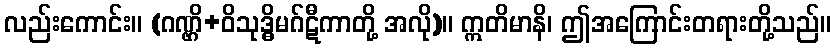
လည်းကောင်း။ (ဂဏ္ဌိ+ဝိသုဒ္ဓိမဂ်ဋီကာတို့ အလို)။ ဣတိမာနိ၊ ဤအကြောင်းတရားတို့သည်။